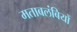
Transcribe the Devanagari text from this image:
मताबलंबियों